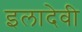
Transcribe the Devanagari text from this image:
इलादेवी